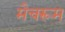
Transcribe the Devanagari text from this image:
मैचरूम